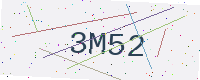
Text: 3M52